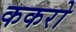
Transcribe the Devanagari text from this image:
ककरो